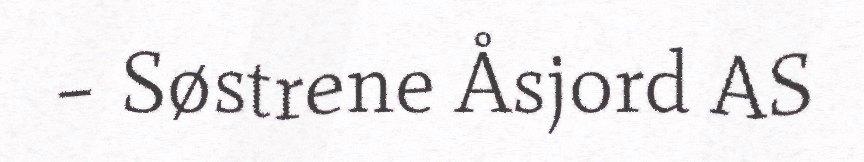
– Søstrene Åsjord AS